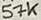
Text: 57K